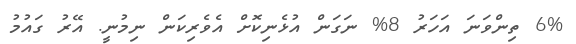
6% ތިންވަނަ އަހަރު 8% ނަގަން އުޅެނިކޮށް އެވެރިކަން ނިމުނީ. އޭރު ގައުމު